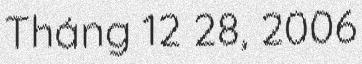
Tháng 12 28, 2006